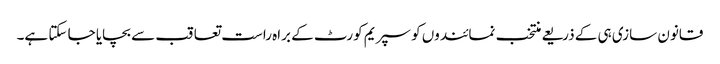
قانون سازی ہی کے ذریعے منتخب نمائندوں کو سپریم کورٹ کے براہ راست تعاقب سے بچایا جا سکتا ہے۔